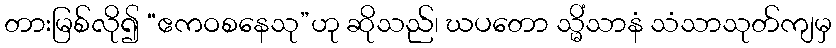
တားမြစ်လို၍ “ဧကဝစနေသု”ဟု ဆိုသည်၊ ဃပတော သ္မိံသာနံ သံသာသုတ်ကျမှ